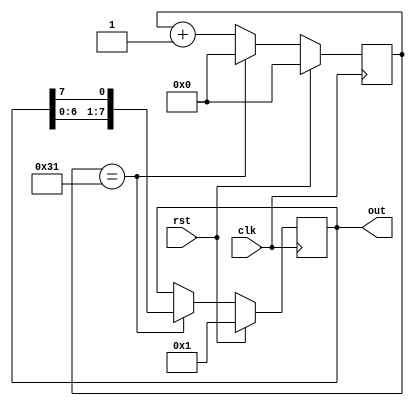
module test(clk, rst, out);

   parameter COUNTER_SIZE = 32;
   parameter COUNTER_MAX = 49;
   input clk;
   input rst;
   output [7:0] out;
   reg [7:0] out;

   reg [COUNTER_SIZE-1:0] counter;
   
   always @ (posedge clk)
     begin
	if (rst)
	  begin
	     counter <= 0;
	     out <= 8'b00000001;
	  end
	else
	  begin
	     if (counter == COUNTER_MAX)
	       begin
		  counter <= 0;
		  out <= {out[6:0], out[7]};
	       end
	     else
	       begin
		  counter <= counter + 1;
		  out <= out;
	       end
	  end
     end

endmodule // test